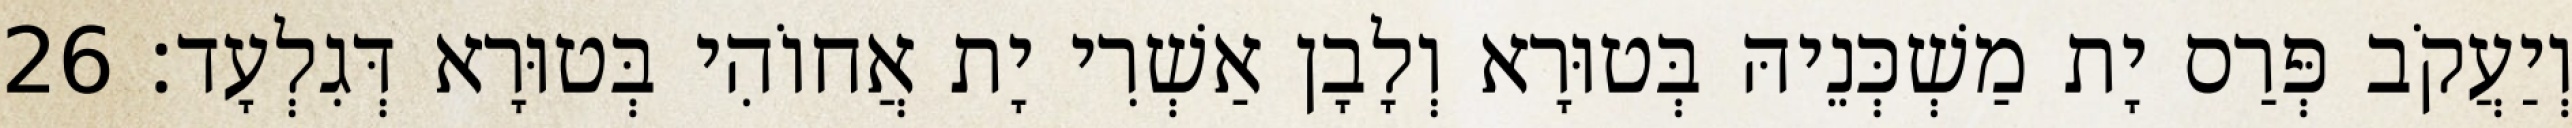
וְיַעֲקֹב פְּרַס יָת מַשְׁכְּנֵיהּ בְּטוּרָא וְלָבָן אַשְׁרִי יָת אֲחוֹהִי בְּטוּרָא דְּגִלְעָד׃ 26